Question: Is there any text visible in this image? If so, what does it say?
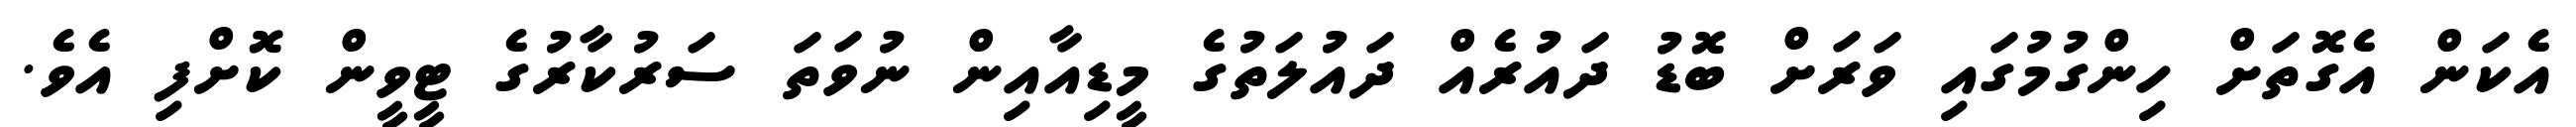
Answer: އެކަން އެގޮތަށް ހިންގުމުގައި ވަރަށް ބޮޑު ދައުރެއް ދައުލަތުގެ މީޑިއާއިން ނުވަތަ ސަރުކާރުގެ ޓީވީން ކޮށްފި އެވެ.